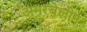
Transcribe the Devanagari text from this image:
अमरबेलीन